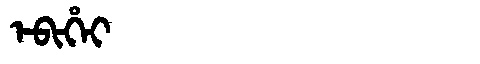
Manchu: ᡝᠪᡳᡥᡝᡳ
Romanization: EBIHEI